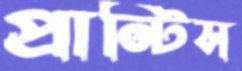
প্রান্টিস